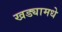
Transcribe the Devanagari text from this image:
खड्यामधे